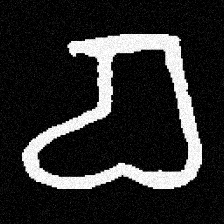
Pyu character \u2014 Myanmar letter: စ (romanized: ca)